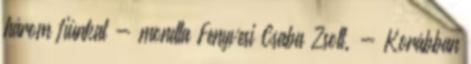
három fiúnkat - mondta Fenyvesi Csaba Zsolt. - Korábban